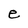
Character: e